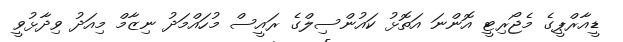
ޑީއާރްޕީގެ މެޖޯރިޓީ އޮންނަ އަތޮޅު ކައުންސިލްގެ ރައީސް މުހައްމަދު ނިޒާމް މިއަދު ވިދާޅުވީ